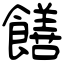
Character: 饍